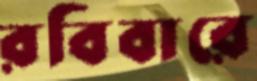
রবিবারে